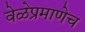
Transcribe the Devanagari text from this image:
वेळेप्रमाणेच